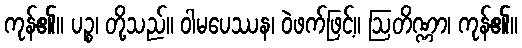
ကုန်၏။ ပဉ္စ၊ တို့သည်။ ဝါမပေဿန၊ ဝဲဖက်ဖြင့်။ ဩတိဏ္ဏာ၊ ကုန်၏။